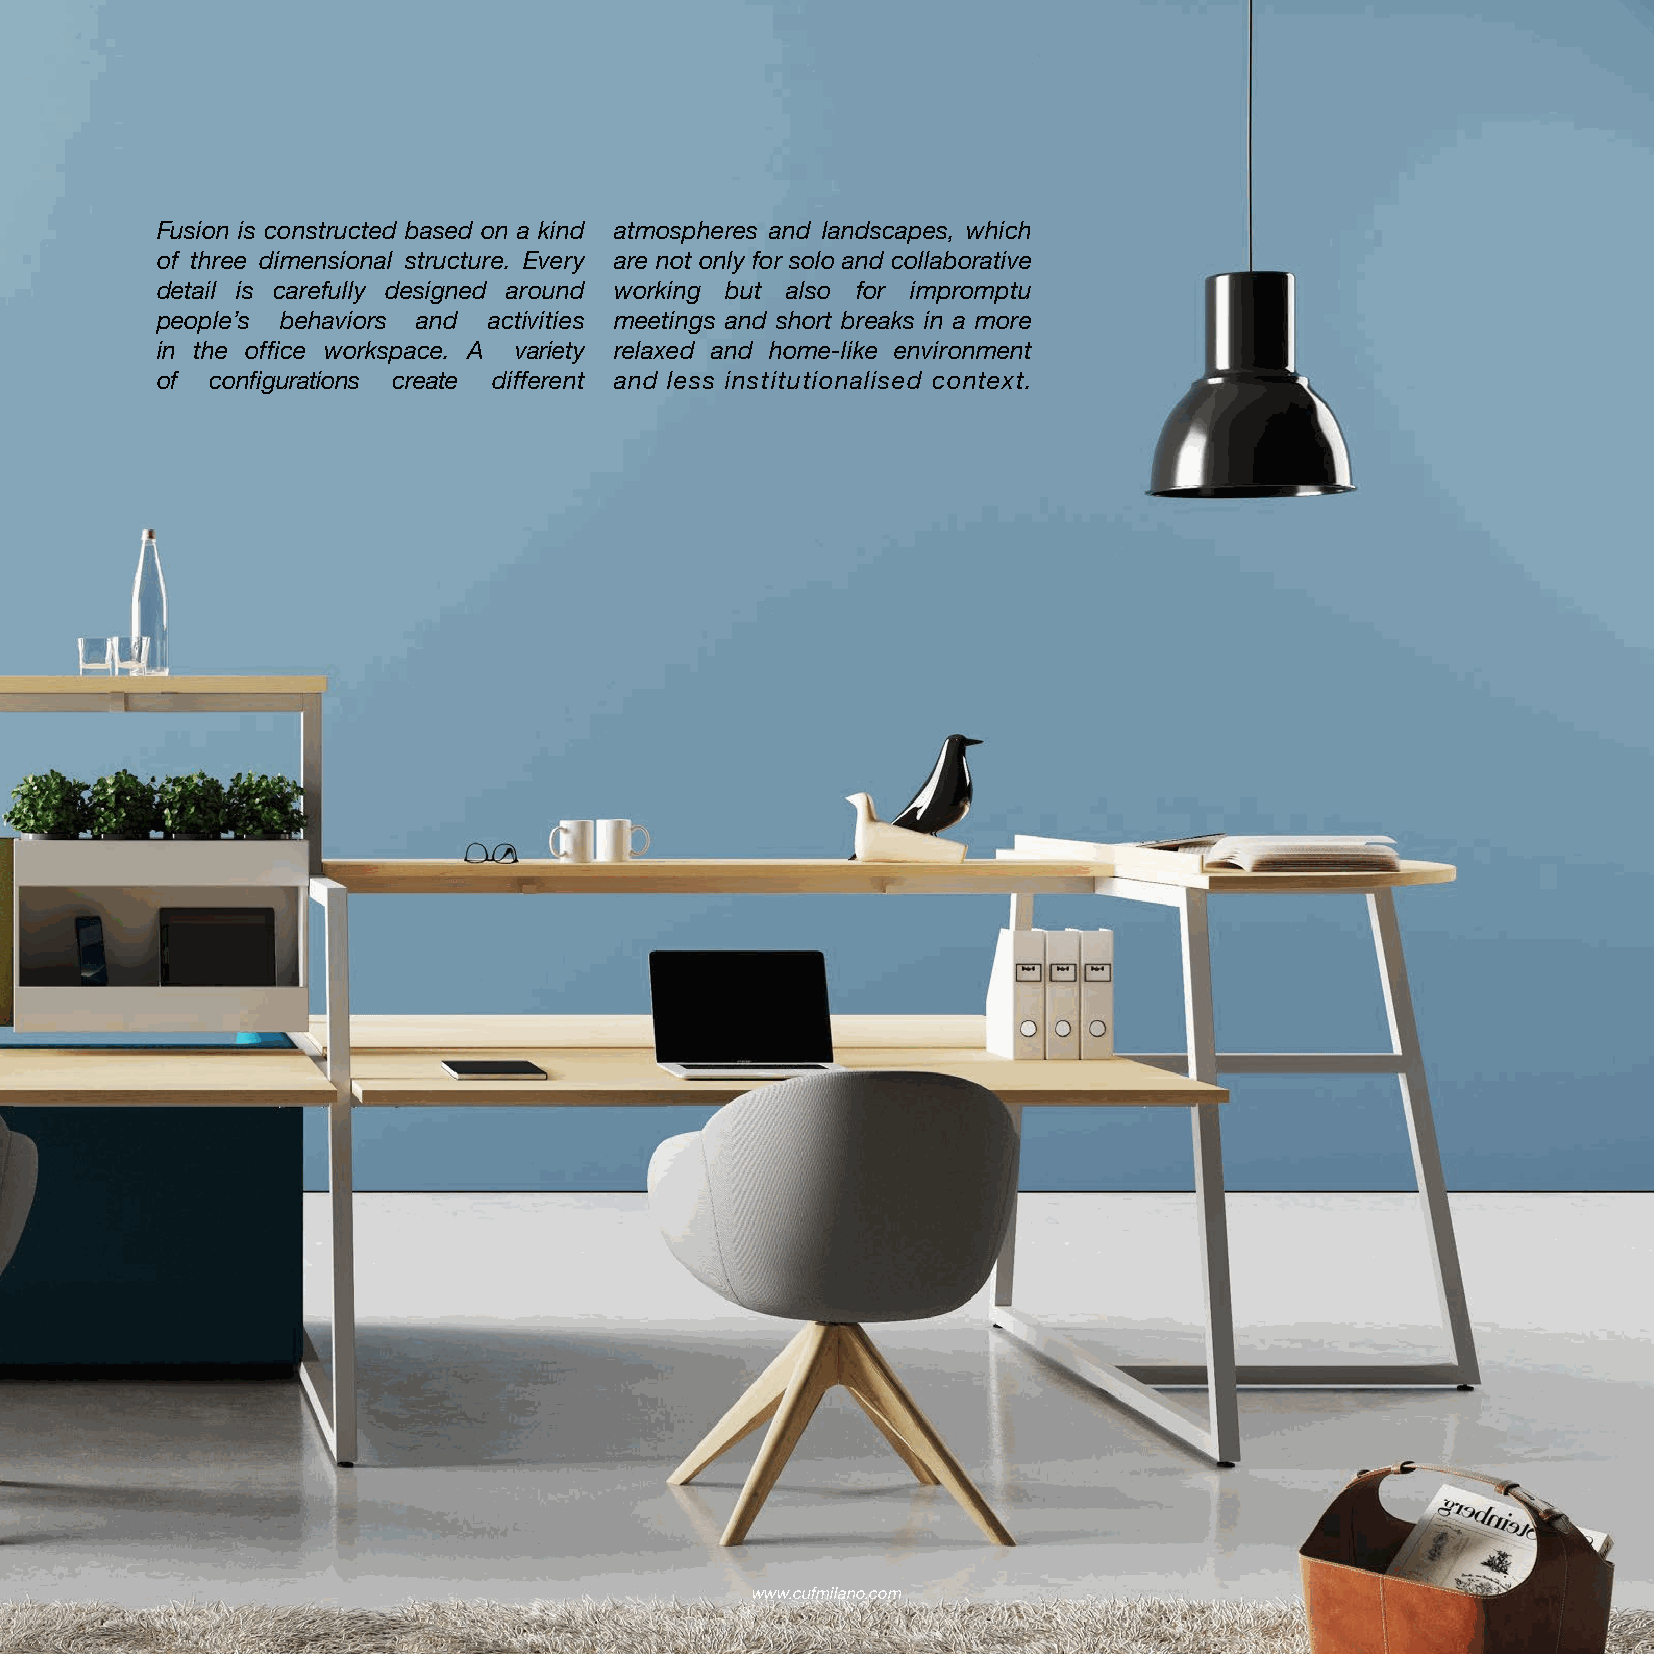
Fusion is constructed based on a kind atmospheres and landscapes, which
 of three dimensional structure. Every are not only for solo and collaborative
 detail is carefully designed around working but also for impromptu
 people’s behaviors and activities meetings and short breaks in a more
 in the office workspace. A variety relaxed and home-like environment
 of  configurations create different and less institutionalised context.
 www.cufmilano.com